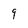
Character: 9